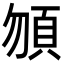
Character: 𩑮